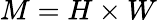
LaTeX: M=H\times W